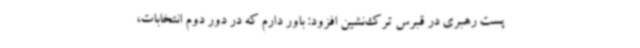
پست رهبری در قبرس ترک‌نشین افزود: باور دارم که در دور دوم انتخابات،